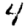
Digit: 4